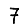
Digit: 7